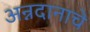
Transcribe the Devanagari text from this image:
अन्नदानाचे